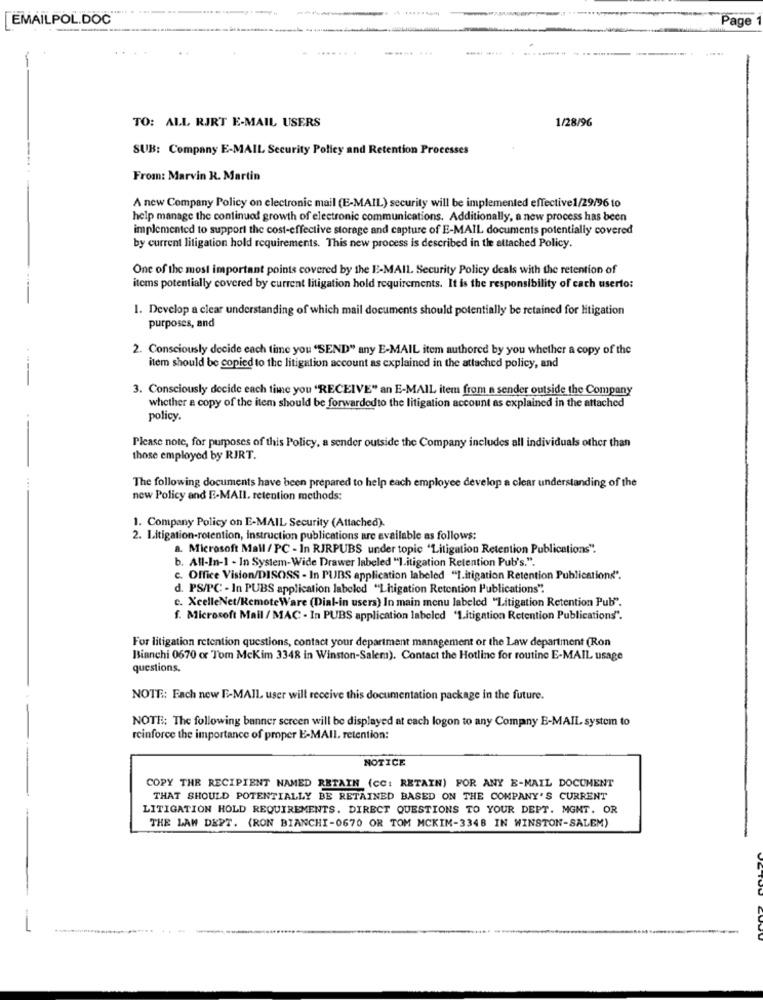
[EMAILPOL.DOC
Page
..
TO: ALL RJRT E-MAIL USERS
1/28/96
SUB: Company E-MAIL Security Policy and Retention Processes
From: Marvin R. Martin
A new Company Policy on electronic mail (E-MAIL) security will be implemented effective1/29/96 to
help manage the continued growth of electronic communications. Additionally, a new process has been
implemented to support the cost-effective storage and capture of E-MAIL documents potentially covered
by current litigation hold requirements. This new process is described in the attached Policy.
One of the most important points covered by the E-MAIL. Security Policy deals with the retention of
items potentially covered by current litigation hold requirements. It is the responsibility of cach userto:
1. Develop a clear understanding of which mail documents should potentially be retained for litigation
purposes, and
2. Consciously decide each time you 'SEND" any E-MAIL item authored by you whether a copy of the
item should be copied to the litigation account as explained in the attached policy, and
3. Consciously decide each time you 'RECEIVE" an E-MAIL item from a sender outside the Company
whether a copy of the item should be forwardedto the litigation account as explained in the attached
policy.
Please note, for purposes of this Policy, a sender outside the Company includes all individuals other than
those employed by RIRT.
..
The following documents have been prepared to help each employee develop a clear understanding of the
new Policy and E-MAIL. retention methods:
1. Company Policy on E-MAIL Security (Attached).
2. Litigation-retention, instruction publications are available as follows:
a. Microsoft Mall / PC - In RJRPUBS under topic "Litigation Retention Publications".
b. All-In-1 - In System-Wide Drawer labeled "litigation Retention Pub's.".
c. Office Vision/DISOSS - In PUBS application labeled "I.itigation Retention Publications".
d. PS/PC - In PUBS application labeled "Litigation Retention Publications".
c. XcelleNet/RemoteWare (Dial-in users) In main menu labeled "Litigation Retention Pub".
f. Microsoft Mail / MAC - In PUBS application labeled 'Litigation Retention Publications".
For litigation retention questions, contact your department management or the Law department (Ron
Bianchi 0670 or Tom Mckim 3348 in Winston-Salem). Contact the Hotline for routine E-MAIL usage
questions.
NOTE: Each new E-MAIL user will receive this documentation package in the future.
NOTE: The following banner screen will be displayed at each logon to any Compny E-MAIL system to
reinforce the importance of proper E-MAIL. retention:
-
NOTICE
COPY THE RECIPIENT NAMED RETAIN (CC: RETAIN) FOR ANY E-MAIL DOCUMENT
THAT SHOULD POTENTIALLY BE RETAINED BASED ON THE COMPANY'S CURRENT
LITIGATION HOLD REQUIREMENTS. DIRECT QUESTIONS TO YOUR DEPT. MGMT. OR
THE LAW DEPT. (RON BIANCHI-0670 OR TOM MCKIM-3348 IN WINSTON-SALEM)